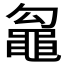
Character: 𮮢